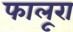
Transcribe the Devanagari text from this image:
फालूरा